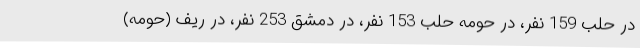
در حلب 159 نفر، در حومه حلب 153 نفر، در دمشق 253 نفر، در ریف (حومه)